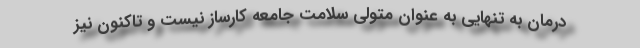
درمان به تنهایی به عنوان متولی سلامت جامعه کارساز نیست و تاکنون نیز